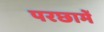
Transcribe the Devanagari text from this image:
परछामें